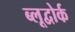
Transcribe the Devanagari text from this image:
ब्लूद्वोर्क